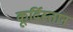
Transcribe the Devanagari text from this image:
कूर्दिस्तान